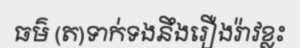
ធម៌ (ត)ទាក់ទងនឹងរឿងរ៉ាវខ្លះ